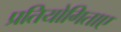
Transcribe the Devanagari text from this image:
प्रतियोगिताए